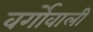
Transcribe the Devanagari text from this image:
वर्गोवाली